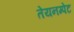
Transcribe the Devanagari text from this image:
तेयनम्पेट